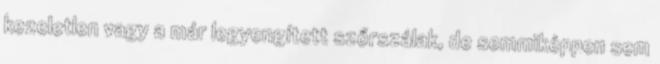
kezeletlen vagy a már legyengített szőrszálak, de semmiképpen sem